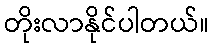
တိုးလာနိုင်ပါတယ်။